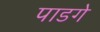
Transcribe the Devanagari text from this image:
पाडगे